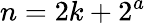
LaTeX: n=2k+2^{a}